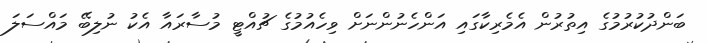
ބަންދުކުރުމުގެ އިތުރުން އެމެރިކާގައި އަންހެނުންނަށް ވިހެއުމުގެ ޗުއްޓީ މުސާރައާ އެކު ނުލިބޭ މައްސަލަ